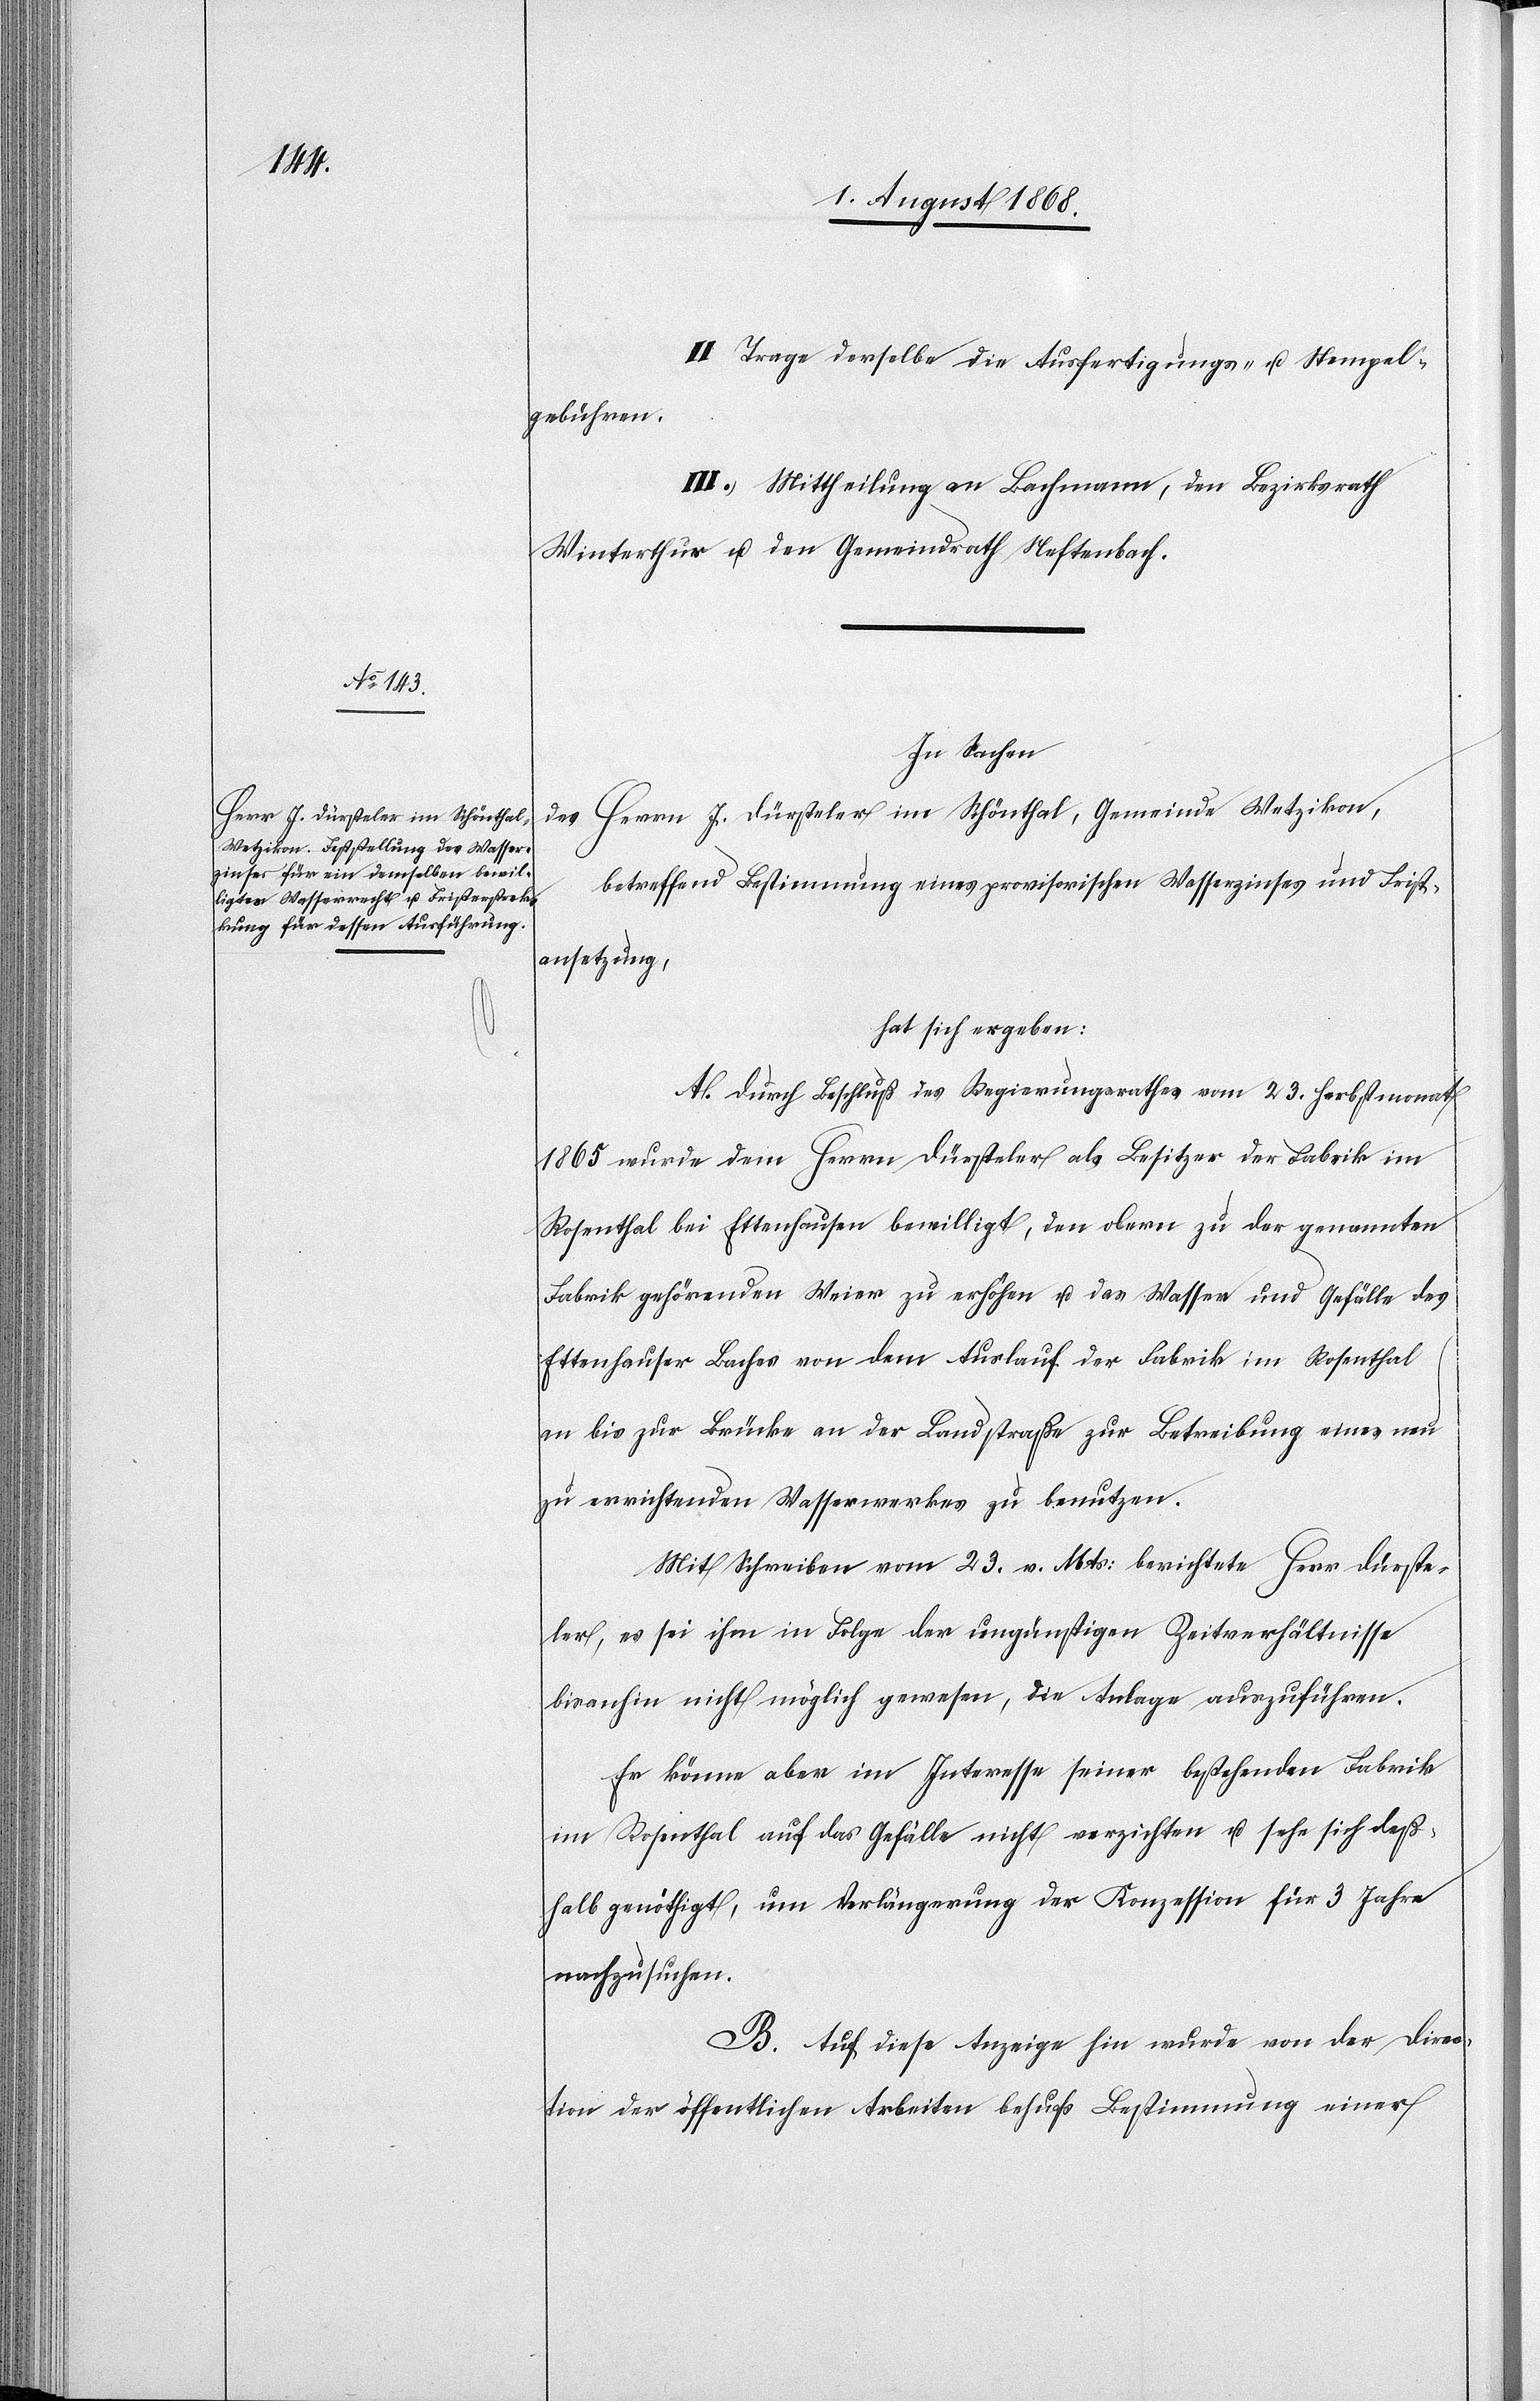
II. Trage derselbe die Ausfertigungs- u. Stempel¬
gebühren.
III. Mittheilung an Bachmann, den Bezirksrath
Winterthur u. den Gemeindrath Neftenbach.
In Sachen
des Herrn J. Dürsteler im Schönthal, Gemeinde Wetzikon,
betreffend Bestimmung eines provisorischen Wasserzinses und Frist¬
ansetzung,
hat sich ergeben:
A. Durch Beschluß des Regierungsrathes vom 23. Herbstmonat
1865 wurde dem Herrn Dürsteler als Besitzer der Fabrik im
Rosenthal bei Ettenhausen bewilligt, den obern zu der genannten
Fabrik gehörenden Weier zu erhöhen u. das Wasser und Gefälle des
Ettenhauser Baches von dem Auslauf der Fabrik im Rosenthal
an bis zur Brücke an der Landstraße zur Betreibung eines neu
zu errichtenden Wasserwerkes zu benutzen.
Mit Schreiben vom 23. v. Mts: berichtete Herr Dürste¬
ler, es sei ihm in Folge der ungünstigen Zeitverhältnisse
bisanhin nicht möglich gewesen, die Anlage auszuführen.
Er könne aber im Interesse seiner bestehenden Fabrik
im Rosenthal auf das Gefälle nicht verzichten u. sehe sich deß¬
halb genöthigt, um Verlängerung der Konzession für 3 Jahre
nachzusuchen.
B. Auf diese Anzeige hin wurde von der Direc¬
tion der öffentlichen Arbeiten behufs Bestimmung einer